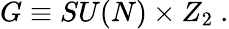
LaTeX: G\equiv SU(N)\times Z_{2}\ .